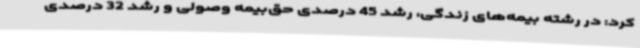
کرد: در رشته بیمه‌های زندگی، رشد 45 درصدی حق‌بیمه وصولی و رشد 32 درصدی